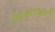
વિચારદશાની